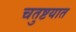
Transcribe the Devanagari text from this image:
चतुष्टयात